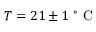
T = 2 1 \pm 1 \mathrm { ~ } ^ { \circ } \mathrm { ~ C ~ }